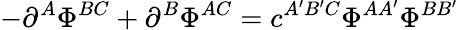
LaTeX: -\partial^{A}\Phi^{BC}+\partial^{B}\Phi^{AC}=c^{A^{\prime}B^{\prime}C}\Phi^{AA^{\prime}}\Phi^{BB^{\prime}}